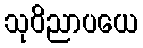
သုဝိညာပယေ